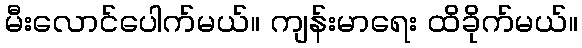
မီးလောင်ပေါက်မယ်။ ကျန်းမာရေး ထိခိုက်မယ်။